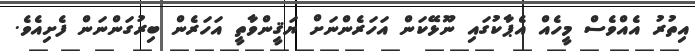
އިތުރު އެއްވެސް މީހެއް އެޕާކުގައި ނޫޅޭކަން އަހަރެންނަށް ޔަޤީންވާތީ އަހަރެން ބިރުގަންނަން ފެށިއެވެ.